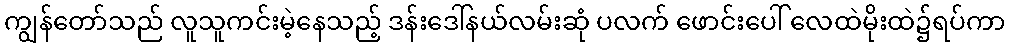
ကျွန်တော်သည် လူသူကင်းမဲ့နေသည့် ဒန်းဒေါ်နယ်လမ်းဆုံ ပလက် ဖောင်းပေါ် လေထဲမိုးထဲ၌ရပ်ကာ